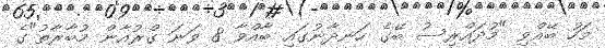
މަހު ބޭއްވި "މުދައްރިސު ބޭގެ ހަނދާނުގައި ބާއްވާ 8 ވަނަ ގްރުއާން މުބާރާތު"ގެ